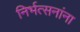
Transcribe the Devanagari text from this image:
निर्भत्सनांना